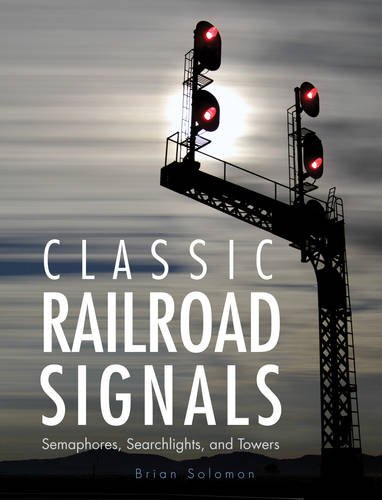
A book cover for Classic Railroad Signals: Semaphores, Searchlights, and Towers; Brian Solomon; Engineering & Transportation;